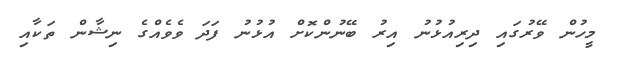
މީހުން ވޭރުގައި ދިރިއުޅުނު އިރު ބޭނުންކޮށް އުޅުނު ފަދަ ވެވެއްގެ ނިޝާން ތަކާއި